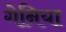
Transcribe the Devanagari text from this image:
गेनिया